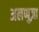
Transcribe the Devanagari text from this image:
अलप्पुज़ा